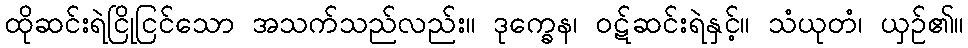
ထိုဆင်းရဲငြိုငြင်သော အသက်သည်လည်း။ ဒုက္ခေန၊ ဝဋ်ဆင်းရဲနှင့်။ သံယုတံ၊ ယှဉ်၏။